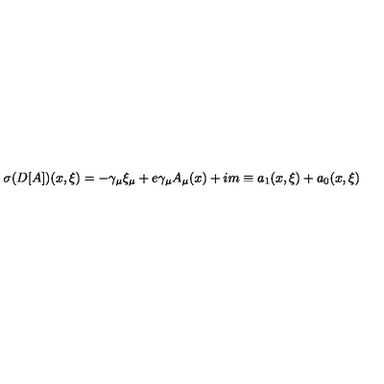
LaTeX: \sigma ( D [ A ] ) ( x , \xi ) = - \gamma _ { \mu } \xi _ { \mu } + e \gamma _ { \mu } A _ { \mu } ( x ) + i m \equiv a _ { 1 } ( x , \xi ) + a _ { 0 } ( x , \xi )